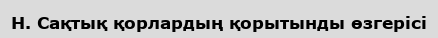
H. Сақтық қорлардың қорытынды өзгерісі